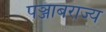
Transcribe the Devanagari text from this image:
पञ्जाबराज्य